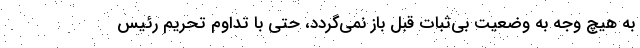
به هیچ وجه به وضعیت بی‌ثبات قبل باز نمی‌گردد، حتی با تداوم تحریم رئیس